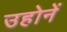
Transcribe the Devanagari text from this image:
उहोनें